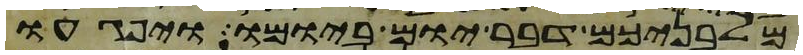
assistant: מלבניכם דבר יום ביומו ויפגעו